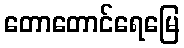
တောတောင်ရေမြေ